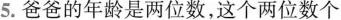
5.爸爸的年龄是两位数，这个两位数个